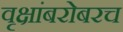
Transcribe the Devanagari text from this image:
वृक्षांबरोबरच